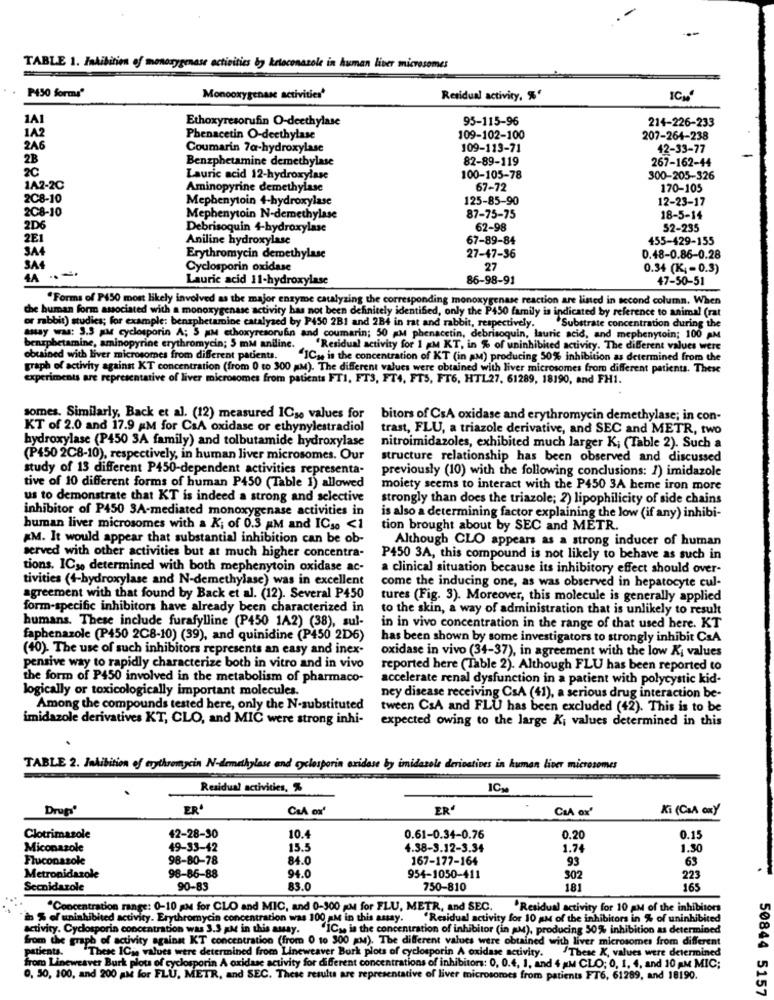
TABLE 1. Inhibition of monoxygenase activities by ketoconazole in human liver microsomes
P450 forms'
Monooxygenase activities'
Residual activity, %'
ICH
1A1
Ethoxyresorufin O-deethylase
95-115-96
214-226-233
1A2
Phenacetin O-deethylase
109-102-100
207-264-238
2A6
Coumarin 7a-hydroxylase
109-113-71
42-33-77
2B
Benzphetamine demethylase
82-89-119
267-162-44
Lauric acid 12-hydroxylase
100-105-78
300-205-326
1A2-2C
Aminopyrine demethylase
67-72
170-105
2C8-10
Mephenytoin 4-hydroxylase
125-85-90
12-23-17
2C8-10
Mephenytoin N-demethylase
87-75-75
18-5-14
2D6
Debrisoquin 4-hydroxylase
62-98
52-235
2E1
Aniline hydroxylase
67-89-84
455-429-155
SA4
Erythromycin demethylase
27-47-36
0.48-0.86-0.28
SA4
Cyclosporin oxidase
27
0.34 (K ;- 0.3)
4A --
Lauric acid 11-hydroxylase
86-98-91
47-50-51
"Forms of P$50 most likely involved as the major enzyme catalyzing the corresponding monoxygenase reaction are listed in second column. When
the human form associated with a monoxygenase activity has not been definitely identified, only the P450 family is indicated by reference to animal (rat
or rabbit) studies; for example: benzphetamine catalyzed by P450 2B1 and 2B4 in rat and rabbit, respectively.
Substrate concentration during the
amay was: 3.5 pt cyclosporin A; 5 pm ethoxyresorufin and coumarin; 50 M phenacetin, debrisoquin, lauric acid, and mephenytoin; 100 PM
benrpbetamine, aminopyrine erythromycin; 5 mM aniline.
"Residual activity for 1 &M KT, in % of uninhibited activity. The different values were
obtained with liver microsomes from different patients.
"IC). is the concentration of KT (in aM) producing 50% inhibition as determined from the
graph of activity against KT concentration (from 0 to 300 MM). The different values were obtained with liver microsomes from different patients. These
experiments are representative of liver microsomes from patients FTI, FTS, FT4, FT5, FT6, HTL27, 61289, 18190, and FH1.
somes. Similarly, Back et al. (12) measured IC30 values for
bitors of CsA oxidase and erythromycin demethylase; in con-
KT of 2.0 and 17.9 MM for C&A oxidase or ethynylestradiol
trast, FLU, a triazole derivative, and SEC and METR, two
hydroxylase (P450 3A family) and tolbutamide hydroxylase
nitroimidazoles, exhibited much larger K; (Table 2). Such a
(P450 2C8-10), respectively, in human liver microsomes. Our
structure relationship has been observed and discussed
study of 13 different P450-dependent activities representa-
previously (10) with the following conclusions: 1) imidazole
tive of 10 different forms of human P450 (Table 1) allowed
moiety seems to interact with the P450 3A heme iron more
us to demonstrate that KT is indeed a strong and selective
strongly than does the triazole; 2) lipophilicity of side chains
inhibitor of P450 3A-mediated monoxygenase activities in
is also a determining factor explaining the low (if any) inhibi-
human liver microsomes with a Ki of 0.3 AM and ICso <1
tion brought about by SEC and METR.
#M. It would appear that substantial inhibition can be ob-
Although CLO appears as a strong inducer of human
served with other activities but at much higher concentra-
P450 3A, this compound is not likely to behave as such in
tions. ICy0 determined with both mephenytoin oxidase ac-
a clinical situation because its inhibitory effect should over-
tivities (4-hydroxylase and N-demethylase) was in excellent
come the inducing one, as was observed in hepatocyte cul-
agreement with that found by Back et al. (12). Several P450
tures (Fig. 3). Moreover, this molecule is generally applied
form-specific inhibitors have already been characterized in
to the skin, a way of administration that is unlikely to result
humans. These include furafylline (P450 1A2) (38), sul-
in in vivo concentration in the range of that used here. KT
faphenazole (P450 2C8-10) (39), and quinidine (P450 2D6)
has been shown by some investigators to strongly inhibit CaA
(40). The use of such inhibitors represents an easy and inex-
oxidase in vivo (34-37), in agreement with the low Ki values
pensive way to rapidly characterize both in vitro and in vivo
reported here (Table 2). Although FLU has been reported to
the form of P450 involved in the metabolism of pharmaco-
accelerate renal dysfunction in a patient with polycystic kid-
logically or toxicologically important molecules.
ney disease receiving CsA (41), a serious drug interaction be-
Among the compounds tested here, only the N-substituted
tween CsA and FLU has been excluded (42). This is to be
imidazole derivatives KT, CLO, and MIC were strong inhi-
expected owing to the large Ki values determined in this
TABLE 2. Inhibition of erythromycin N-demethylase and cyclosporin oxidase by imidazole derivatives in human liver microsomes
Residual activities, %
Drups
ER
ER'
CIA ox'
Ki (CaA oxy
Clotrimazole
42-28-30
10.4
0.61-0.34-0.76
0,20
0.15
Miconazole
49-33-42
15.5
4.38-3.12-3.34
1.7
1.30
Fluconazole
98-80-78
84.0
167-177-164
93
63
98-86-88
Metronidazole
94.0
954-1050-411
302
223
Secnidazole
90-83
83.0
750-810
181
165
"Concentration range: 0-10 AM for CLO and MIC, and 0-300 AM for FLU, METR, and SEC.
"Residual activity for 10 AM of the inhibitors
in Sol uninhibited activity. Erythromycin concentration was 100 AM in this assay.
"Residual activity for 10 AM of the inhibitors in % of uninhibited
activity. Cyclosporin concentration was 3.3 AM in this away. "ICy is the concentration of inhibitor (in aM), producing 30% inhibition as determined
from the graph of activity against KT concentration (from 0 to 300 KM). The different values were obtained with liver microsomes from different
patients. "These ICje values were determined from Lineweaver Burk plots of cyclosporin A oxidase activity.
These K, values were determined
from Lineweaver Burk plot of cyclosporin A oxidase activity for different concentrations of inhibitors: 0, 0.4. 1, and 4 #M CLO; 0, 1, 4, and 10 AM MIC;
0, 50, 100, and 200 aM for FLU, METR, and SEC. These results are representative of liver microsomes from patients FT6, 61289, and 18190.
50844 5157